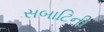
સબાટિની